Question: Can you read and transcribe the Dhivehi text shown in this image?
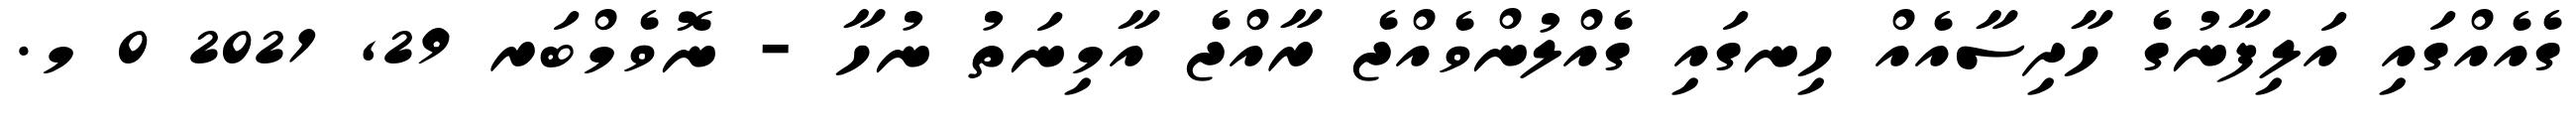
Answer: ގެއެއްގައި އަލިފާނުގެ ހާދިސާއެއް ހިނގައި ގެއްލުންވެއްޖެ ރާއްޖެ އާމިނަތު ނުހާ - ނޮވެމްބަރ 29, 2021 0 މ.